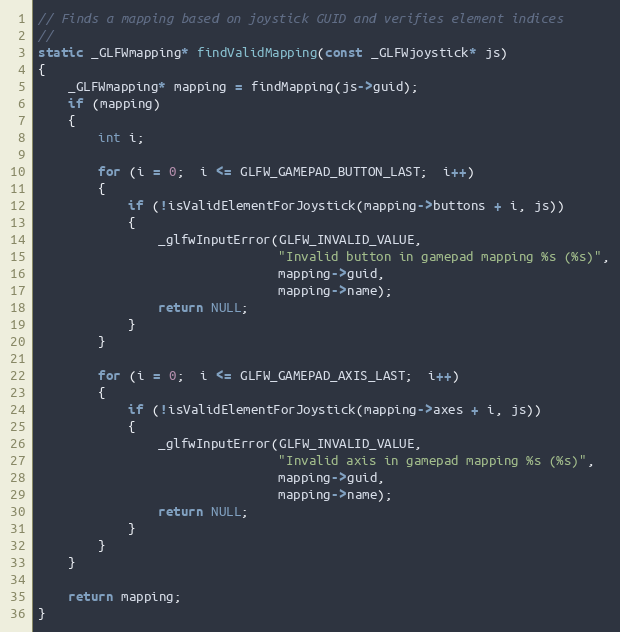
Language: C
// Finds a mapping based on joystick GUID and verifies element indices
//
static _GLFWmapping* findValidMapping(const _GLFWjoystick* js)
{
    _GLFWmapping* mapping = findMapping(js->guid);
    if (mapping)
    {
        int i;

        for (i = 0;  i <= GLFW_GAMEPAD_BUTTON_LAST;  i++)
        {
            if (!isValidElementForJoystick(mapping->buttons + i, js))
            {
                _glfwInputError(GLFW_INVALID_VALUE,
                                "Invalid button in gamepad mapping %s (%s)",
                                mapping->guid,
                                mapping->name);
                return NULL;
            }
        }

        for (i = 0;  i <= GLFW_GAMEPAD_AXIS_LAST;  i++)
        {
            if (!isValidElementForJoystick(mapping->axes + i, js))
            {
                _glfwInputError(GLFW_INVALID_VALUE,
                                "Invalid axis in gamepad mapping %s (%s)",
                                mapping->guid,
                                mapping->name);
                return NULL;
            }
        }
    }

    return mapping;
}